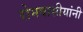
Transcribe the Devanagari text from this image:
रोमवासीयांनी